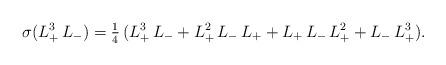
LaTeX: \begin{align*}\sigma(L_+^3\,L_-)=\tfrac{1}{4}\,(L_+^3\,L_-+L_+^2\,L_-\,L_++L_+\,L_-\,L_+^2+L_-\,L_+^3).\end{align*}